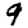
Digit: 9